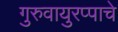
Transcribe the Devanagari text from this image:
गुरुवायुरप्पाचे